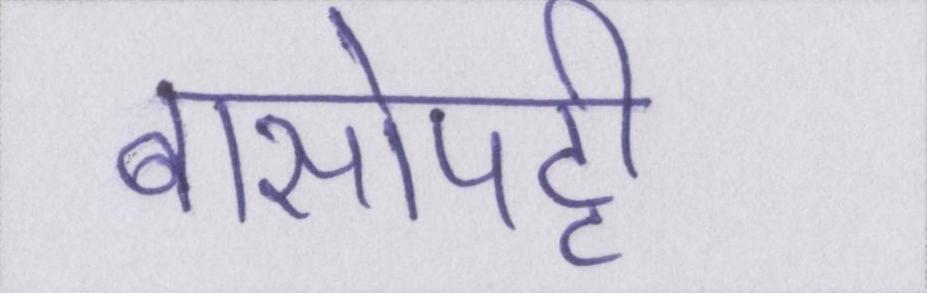
बासोपट्टी